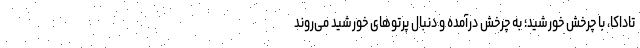
تاداکا، با چرخش خورشید؛ به چرخش درآمده و دنبال پرتوهای خورشید می‌روند